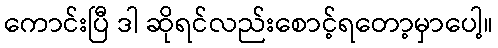
ကောင်းပြီ ဒါ ဆိုရင်လည်းစောင့်ရတော့မှာပေါ့။